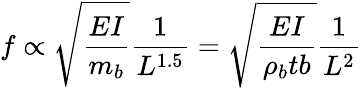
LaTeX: f\propto\sqrt{\frac{EI}{m_{b}}}\frac{1}{L^{1.5}}=\sqrt{\frac{EI}{\rho_{b}tb}}\frac{1}{L^{2}}